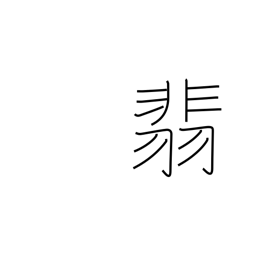
Meaning: kingfisher